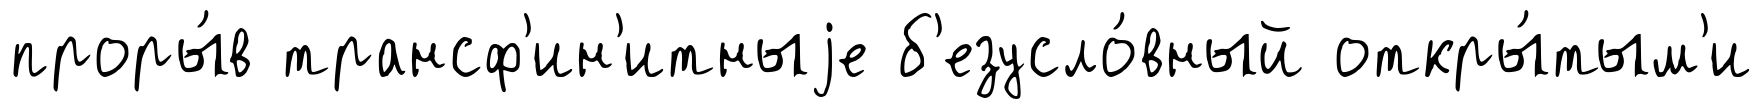
проры́в трансф'ин'итныjе б'езусло́вный откры́тым'и